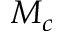
M _ { c }